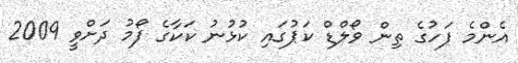
އެންމެ ފަހުގެ ތިން ވޯލްޑް ކަޕުގައި ކުޅުނު ކަކާގެ ފޯމު ދަށްވީ 2009